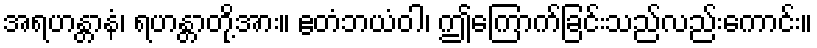
အရဟန္တာနံ၊ ရဟန္တာတို့အား။ ဧတံဘယံဝါ၊ ဤကြောက်ခြင်းသည်လည်းကောင်း။